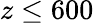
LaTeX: z\le 600